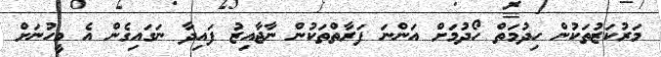
މަރުކަޒުތަކުން ހިދުމަތް ހޯދުމަށް އަންނަ ފަރާތްތަކުން ނާޖާއިޒު ފައިދާ ނަގައިގެން އެ މީހުނަށް